Civil Veterinary Dept. Bombay admin report 1923-31 - 1923-1931
Year: 1923
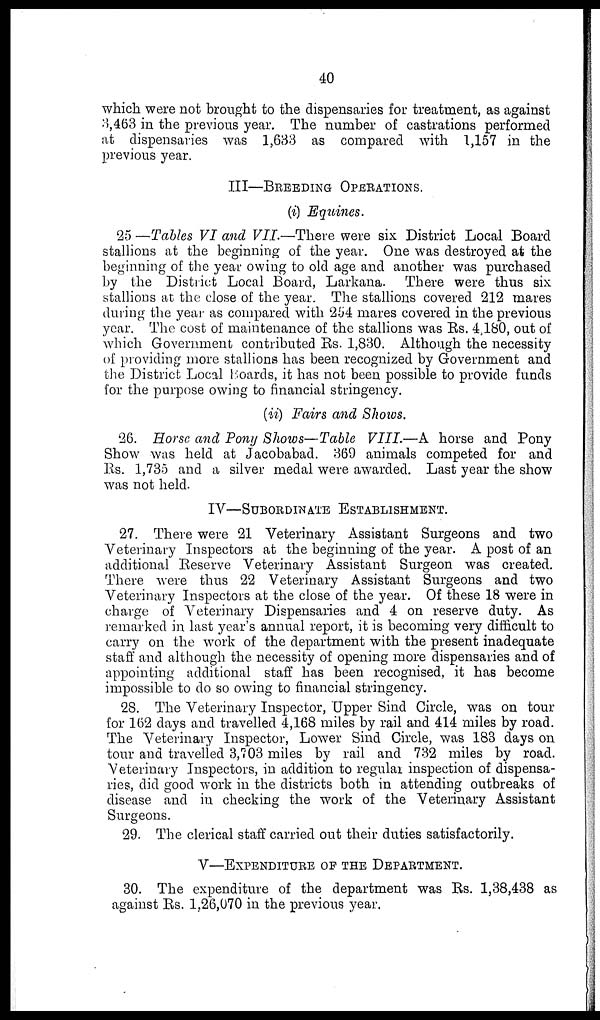
40
which were not brought to the dispensaries for treatment, as against
3,463 in the previous year. The number of castrations performed
at dispensaries was 1,633 as compared with 1,157 in the
previous year.
III—BREEDING OPERATIONS.
(i) Equines.
25 —Tables VI and VII.—There were six District Local Board
stallions at the beginning of the year. One was destroyed at the
beginning of the year owing to old age and another was purchased
by the District Local Board, Larkana. There were thus six
stallions at the close of the year. The stallions covered 212 mares
during the year as compared with 254 mares covered in the previous
year. The cost of maintenance of the stallions was Rs. 4,180, out of
which Government contributed Rs. 1,830. Although the necessity
of providing more stallions has been recognized by Government and
the District Local Boards, it has not been possible to provide funds
for the purpose owing to financial stringency.
(ii) Fairs and Shows.
26. Horse and Pony Shows—Table VIII.—A horse and Pony
Show was held at Jacobabad. 369 animals competed for and
Rs. 1,735 and a silver medal were awarded. Last year the show
was not held.
IV—SUBORDINATE ESTABLISHMENT.
27. There were 21 Veterinary Assistant Surgeons and two
Veterinary Inspectors at the beginning of the year. A post of an
additional Reserve Veterinary Assistant Surgeon was created.
There were thus 22 Veterinary Assistant Surgeons and two
Veterinary Inspectors at the close of the year. Of these 18 were in
charge of Veterinary Dispensaries and 4 on reserve duty. As
remarked in last year's annual report, it is becoming very difficult to
carry on the work of the department with the present inadequate
staff and although the necessity of opening more dispensaries and of
appointing additional staff has been recognised, it has become
impossible to do so owing to financial stringency.
28. The Veterinary Inspector, Upper Sind Circle, was on tour
for 162 days and travelled 4,168 miles by rail and 414 miles by road.
The Veterinary Inspector, Lower Sind Circle, was 183 days on
tour and travelled 3,703 miles by rail and 732 miles by road.
Veterinary Inspectors, in addition to regular inspection of dispensa-
ries, did good work in the districts both in attending outbreaks of
disease and in checking the work of the Veterinary Assistant
Surgeons.
29. The clerical staff carried out their duties satisfactorily.
V—EXPENDITURE OF THE DEPARTMENT.
30. The expenditure of the department was Rs. 1,38,438 as
against Rs. 1,26,070 in the previous year.